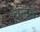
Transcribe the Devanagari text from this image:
चन्‍द्रन